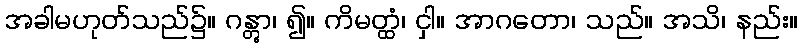
အခါမဟုတ်သည်၌။ ဂန္တွာ၊ ၍။ ကိမတ္ထံ၊ ငှါ။ အာဂတော၊ သည်။ အသိ၊ နည်း။